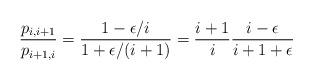
LaTeX: \begin{align*}\frac{p_{i,i+1}}{p_{i+1,i}} = \frac{1 - \epsilon/i}{1 + \epsilon/(i + 1)} = \frac{i + 1}{i} \frac{i - \epsilon}{i + 1 + \epsilon}\end{align*}